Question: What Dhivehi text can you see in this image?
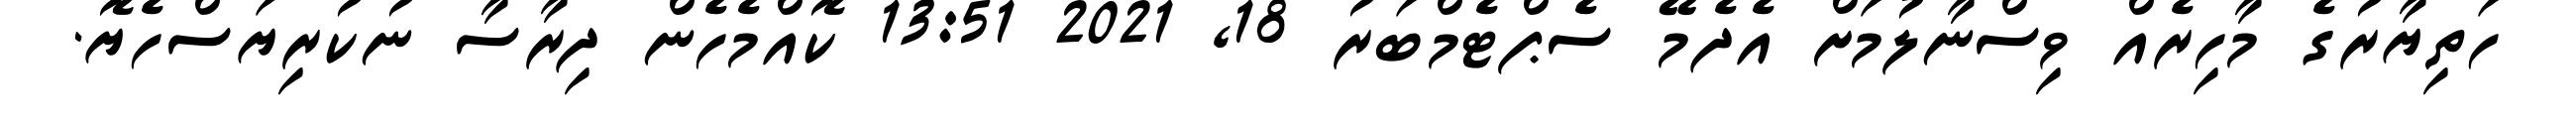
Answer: ހަތިޔާރުގެ މާހިރެއް ވިސްނާލުމަށް އެދެމޭ ސެޕްޓެމްބަރު 18, 2021 13:51 ކޮއްމެހެން ދިރާސާ ނުކުރިޔަސްހެޔޮ.